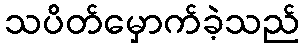
သပိတ်မှောက်ခဲ့သည်